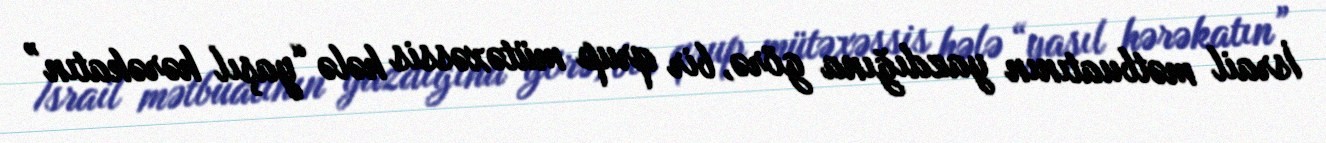
İsrail mətbuatının yazdığına görə, bir qrup mütəxəssis hələ “yaşıl hərəkatın”